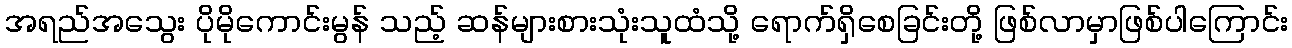
အရည်အသွေး ပိုမိုကောင်းမွန် သည့် ဆန်များစားသုံးသူထံသို့ ရောက်ရှိစေခြင်းတို့ ဖြစ်လာမှာဖြစ်ပါကြောင်း